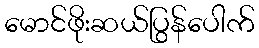
မောင်ဖိုးဆယ်ပြွန်ပေါက်